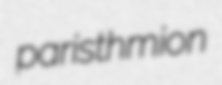
paristhmion